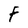
Character: F